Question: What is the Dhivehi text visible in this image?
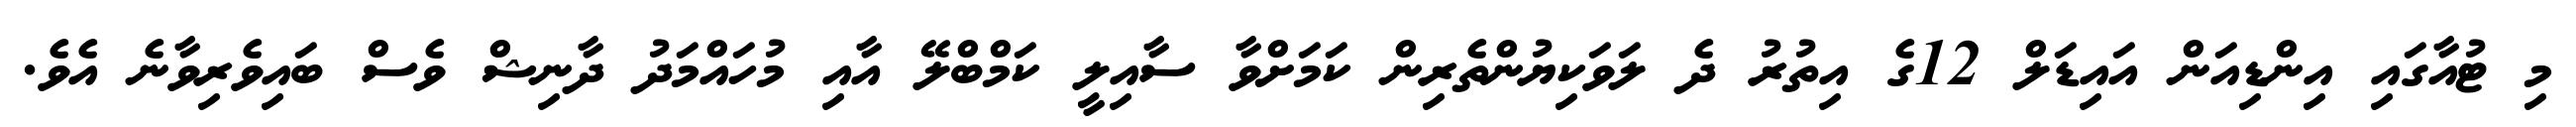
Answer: މި ޓުއާގައި އިންޑިއަން އައިޑަލް 12ގެ އިތުރު ދެ ލަވަކިޔުންތެރިން ކަމަށްވާ ސާއިލީ ކަމްބްލޭ އާއި މުހައްމަދު ދާނިޝް ވެސް ބައިވެރިވާނެ އެވެ.